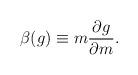
LaTeX: \begin{align*}\beta(g)\equiv m {\partial g \over \partial m}.\end{align*}